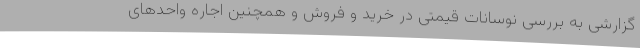
گزارشی به بررسی نوسانات قیمتی در خرید و فروش و همچنین اجاره واحدهای